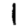
Digit: 1